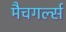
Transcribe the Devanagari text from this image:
मैचगर्ल्स